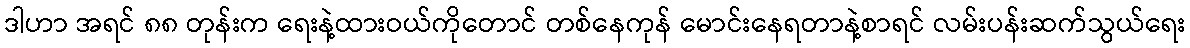
ဒါဟာ အရင် ၈၈ တုန်းက ရေးနဲ့ထားဝယ်ကိုတောင် တစ်နေကုန် မောင်းနေရတာနဲ့စာရင် လမ်းပန်းဆက်သွယ်ရေး